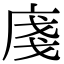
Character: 𢈽